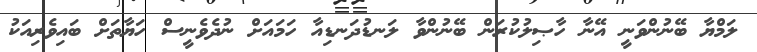
ލަމްޔާ ބޭނުންވަނީ އޭނާ ހާޞިލުކުރަން ބޭނުންވާ ލަނޑުދަނޑިއާ ހަމައަށް ނުދެވެނީސް ހަޔާތަށް ބައިވެރިއަކު